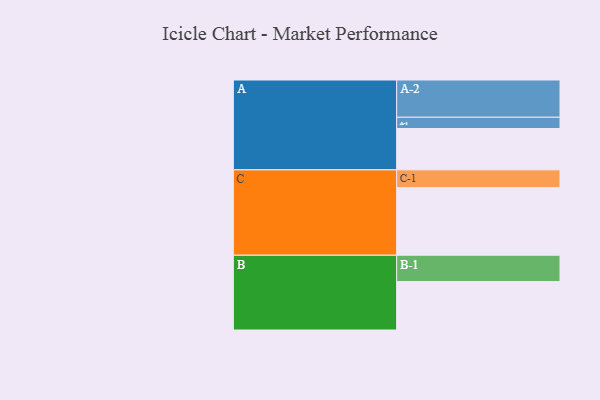
{"axis": {"x": "Segment", "y": "Value"}, "legend": ["", "A", "B", "C"], "data": [{"x": "A", "y": 312, "type": ""}, {"x": "B", "y": 365, "type": ""}, {"x": "C", "y": 510, "type": ""}, {"x": "A-1", "y": 85, "type": "A"}, {"x": "A-2", "y": 281, "type": "A"}, {"x": "B-1", "y": 199, "type": "B"}, {"x": "C-1", "y": 134, "type": "C"}]}